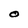
Character: O